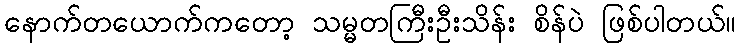
နောက်တယောက်ကတော့ သမ္မတကြီးဦးသိန်း စိန်ပဲ ဖြစ်ပါတယ်။